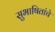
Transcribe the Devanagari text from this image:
सुभाषितांचे